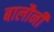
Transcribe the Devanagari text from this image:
बालौनी